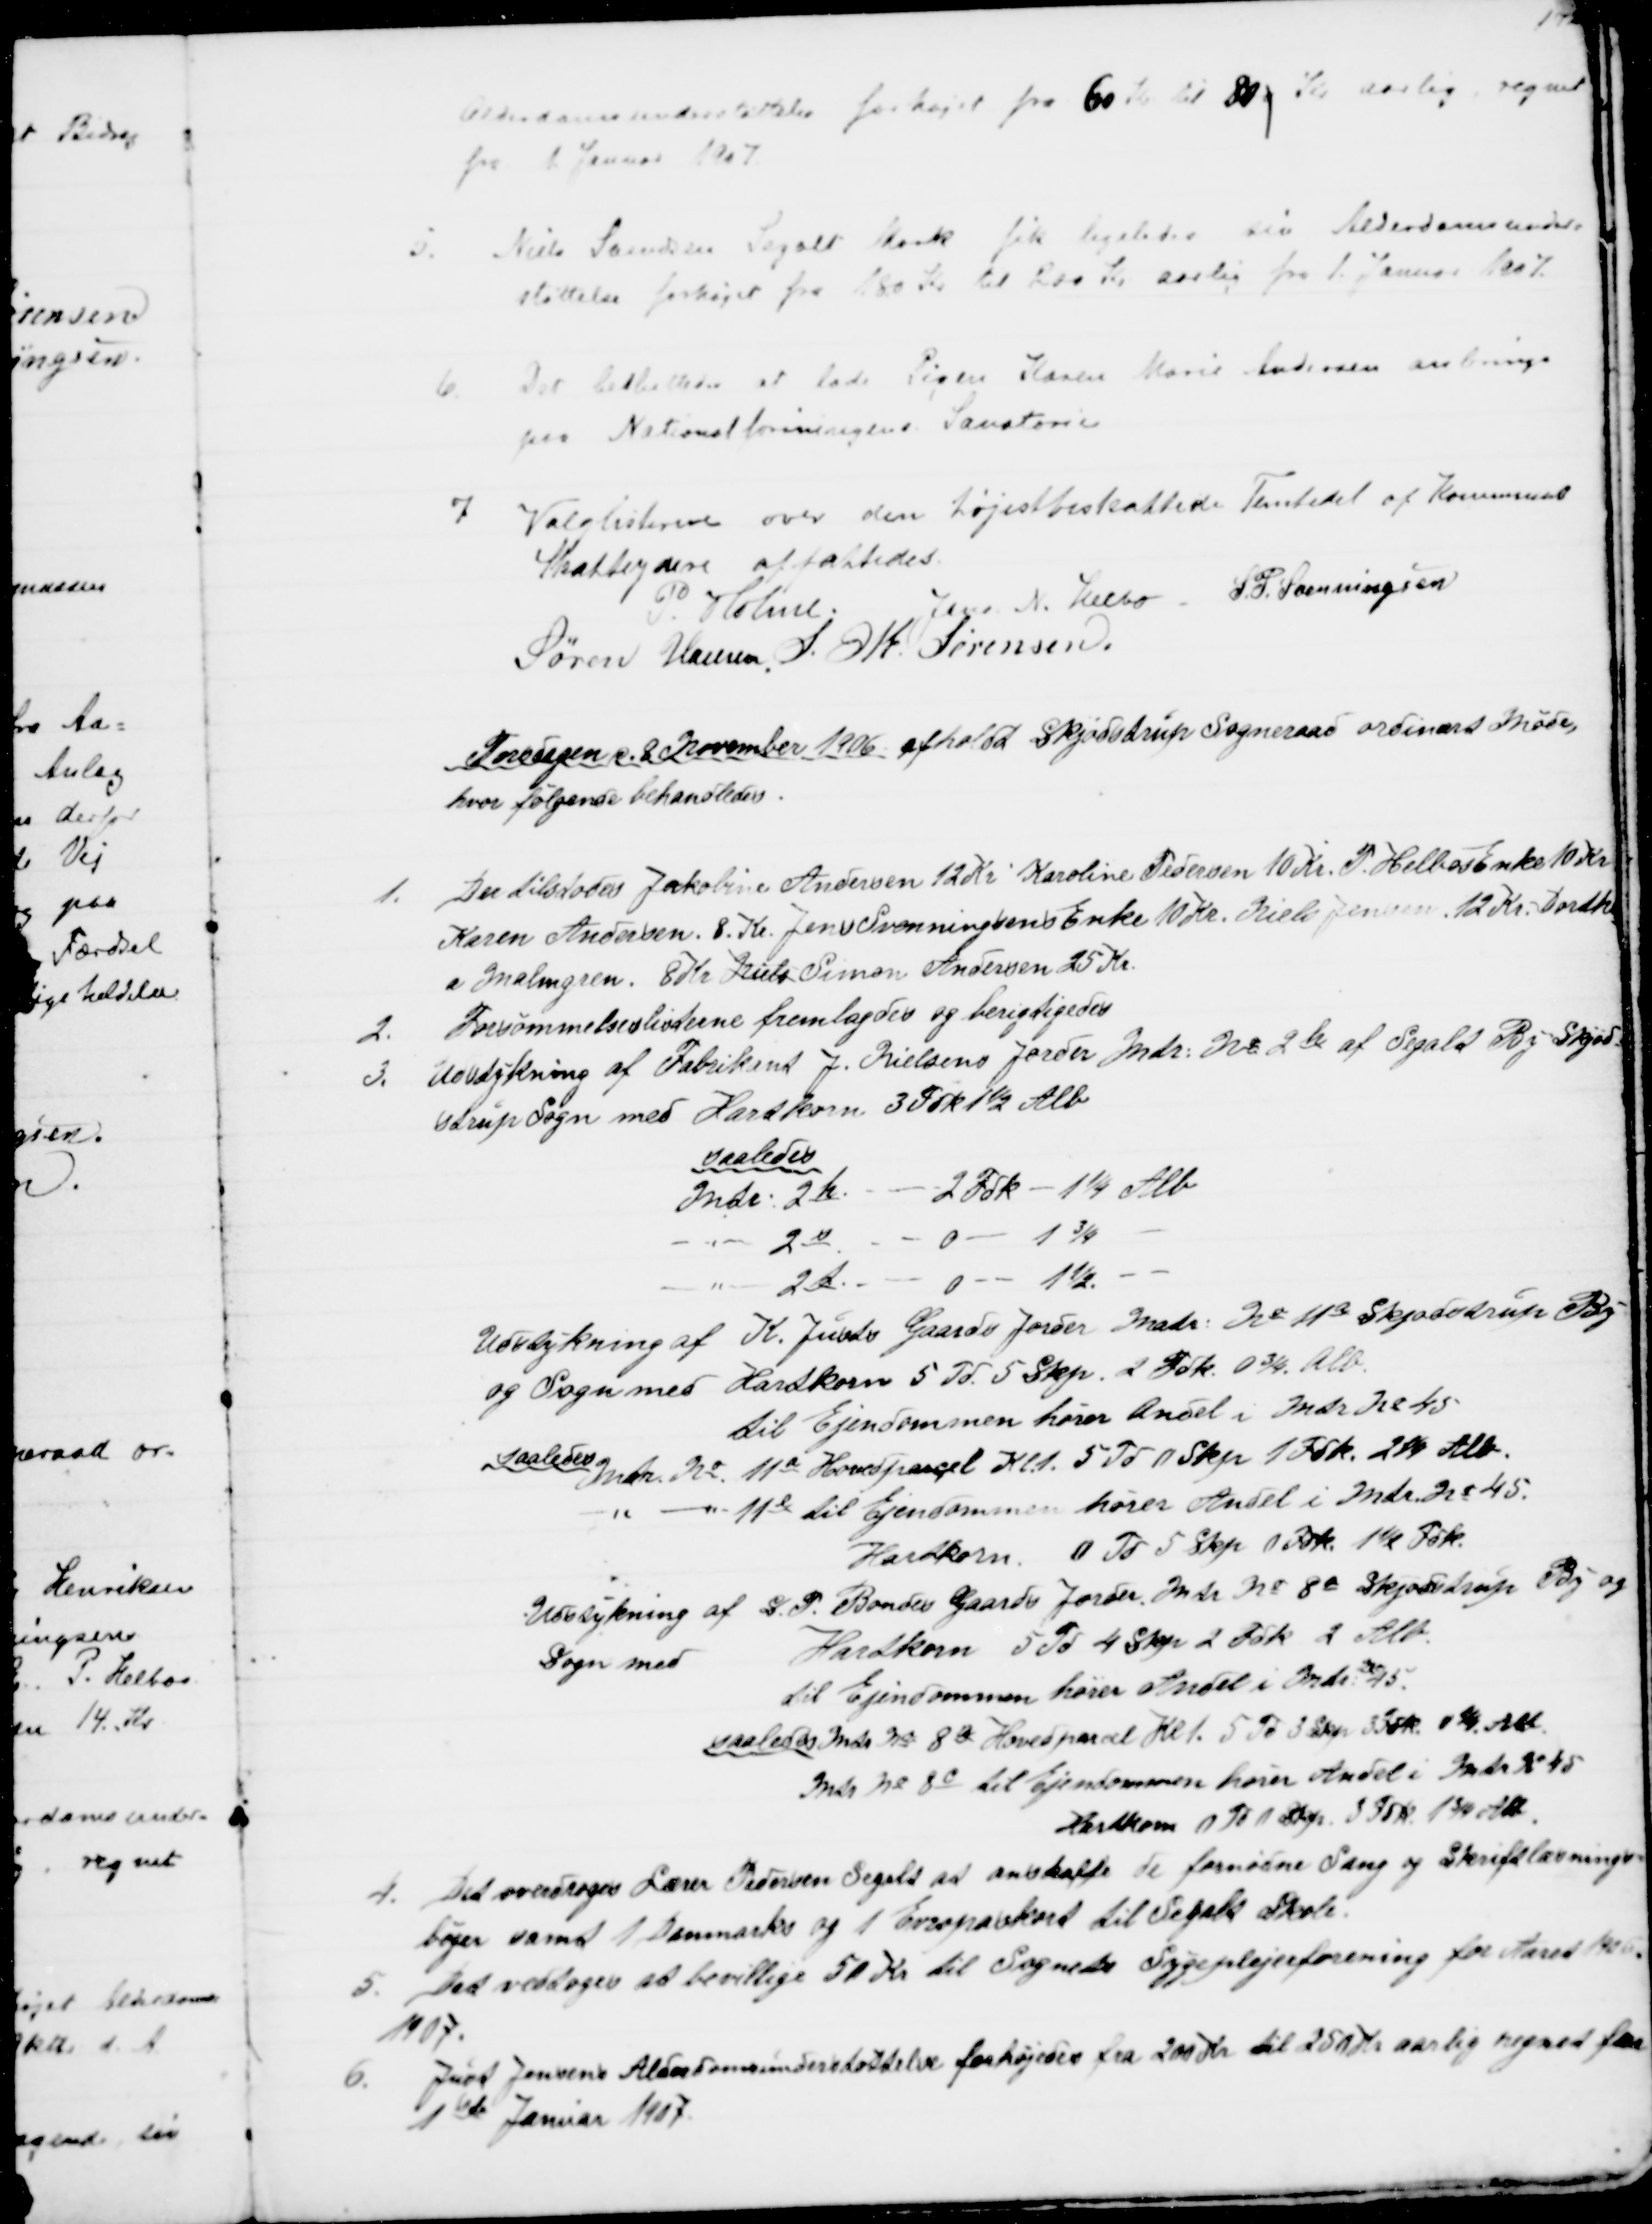
Transskription:
Alderdomsunderstøttelse forhøjet fra 60 Kr til 80 Kr aarlig, regnet
fra 1 Januar 1907.
5.
Niels Svendsen Segalt Mark fik ligeledes sin Alderdomsunder=
støttelse forhøjet fra 180 Kr til 200 Kr aarlig fra 1. Januar 1907.
6. Der besluttedes at lade Pigen Karen Marie Andersen anbringe
paa Nationalforeningens Sanatorie
7. Valglisterne over den højestbeskattede Femtedel af Kommunens
Skatteydere affattedes.
P. Holme.
Jens N. Helbo S. P. Svenningsen
Søren Hansen, S. M. Sørensen
Torsdagen d. 8 November 1906 afholdt Skjødstrup Sogneraad ordinært Møde,
hvor følgende behandledes.
1.
Der tilstodes Jakobine Andersen 12 Kr. Karoline Pedersen 10 Kr. P. Helbos Enke 10 Kr
Karen Andersen. 8. Kr. Jens Svenningsens Enke 10 Kr. Niels Jensen 12 Kr. Dorthe
=
a Malmgren. 8 Kr Niels Simon Andersen 25 Kr.
2. Forsømmelseslisterne fremlagdes og berigtigedes
3.
Udstykning af Fabrikant J. Nielsens Jorder Mtr. № 2h af Segalt By Skjød=
strup Sogn med Hartkorn 3 Fdk 1½ Alb.
saaledes
Mtr. 2h. 
2 Fdk - 1¼ Alb
2s
0 
1¾
2t. 
0
1½.
Udstykning af K. Justs Gaards Jorder Matr. № 11a Skjødstrup By-
og Sogn med Hartkorn 5 Td. 5 Skp. 2 Fdk. 0 ¾. Alb.
til Ejendommen hører Andel i Mtr. № 45
saaledes 
Mtr. № 11a Hovedparcel Kl. 1. 5 Td 0 Skp. 1 Fdk. 2¼ Alb.
11e til Ejendommen hører Andel i Mtr. № 45.
Hartkorn 0 Td 5 Skp 0 Fdk. 1½ Fdk.
Udstykning af S. P. Bondes Gaards Jorder Mtr № 8a Skjødstrup By- og
Sogn med
Hardkorn 5 Td 4 Skp 2 Fdk. 2 Alb.
Til Ejendommen hører Andel i Mtr. 45.
saaledes Mtr № 8a Hovedparcel Kl 1. 5 Td 3 Skp. 3 Fdk. 1¼. Alb
Mtr № 8c til Ejendommen hører Andel i Matr. K 45
Hartkorn 0 Td. 1 Skp. 3 Fdk. 1¾ Alb.
7. Det overdroges Lærer Pedersen Segalt at anskaffe de fornødne Sang og Skriftlæsnings=
bøger samt 1 Danmarks og 1 Europakort til Segalt Skole.
3. Det vedtoges at bevillige 50 Kr. til Sognets Sygeplejerforening for Aaret 1906
1907.
6.
Just Jensens Alderdomsunderstøttelse forhøjedes fra 200 Kr til 250 Kr aarlig regnet fra
1ste Januar 1907.